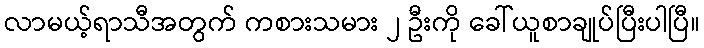
လာမယ့်ရာသီအတွက် ကစားသမား ၂ ဦးကို ခေါ်ယူစာချုပ်ပြီးပါပြီ။